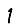
Digit: 1